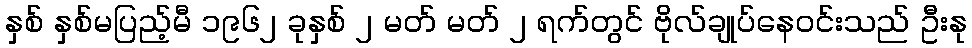
နှစ် နှစ်မပြည့်မီ ၁၉၆၂ ခုနှစ် ၂ မတ် မတ် ၂ ရက်တွင် ဗိုလ်ချုပ်နေဝင်းသည် ဦးနု